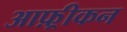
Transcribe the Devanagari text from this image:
आफ़्रीकन